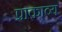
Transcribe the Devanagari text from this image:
प्राकाव्य